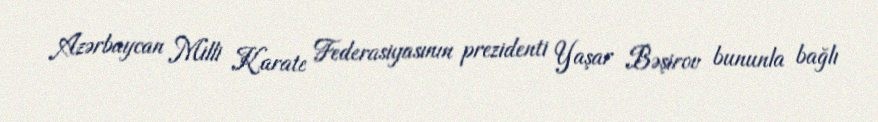
Azərbaycan Milli Karate Federasiyasının prezidenti Yaşar Bəşirov bununla bağlı